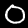
Digit: 0